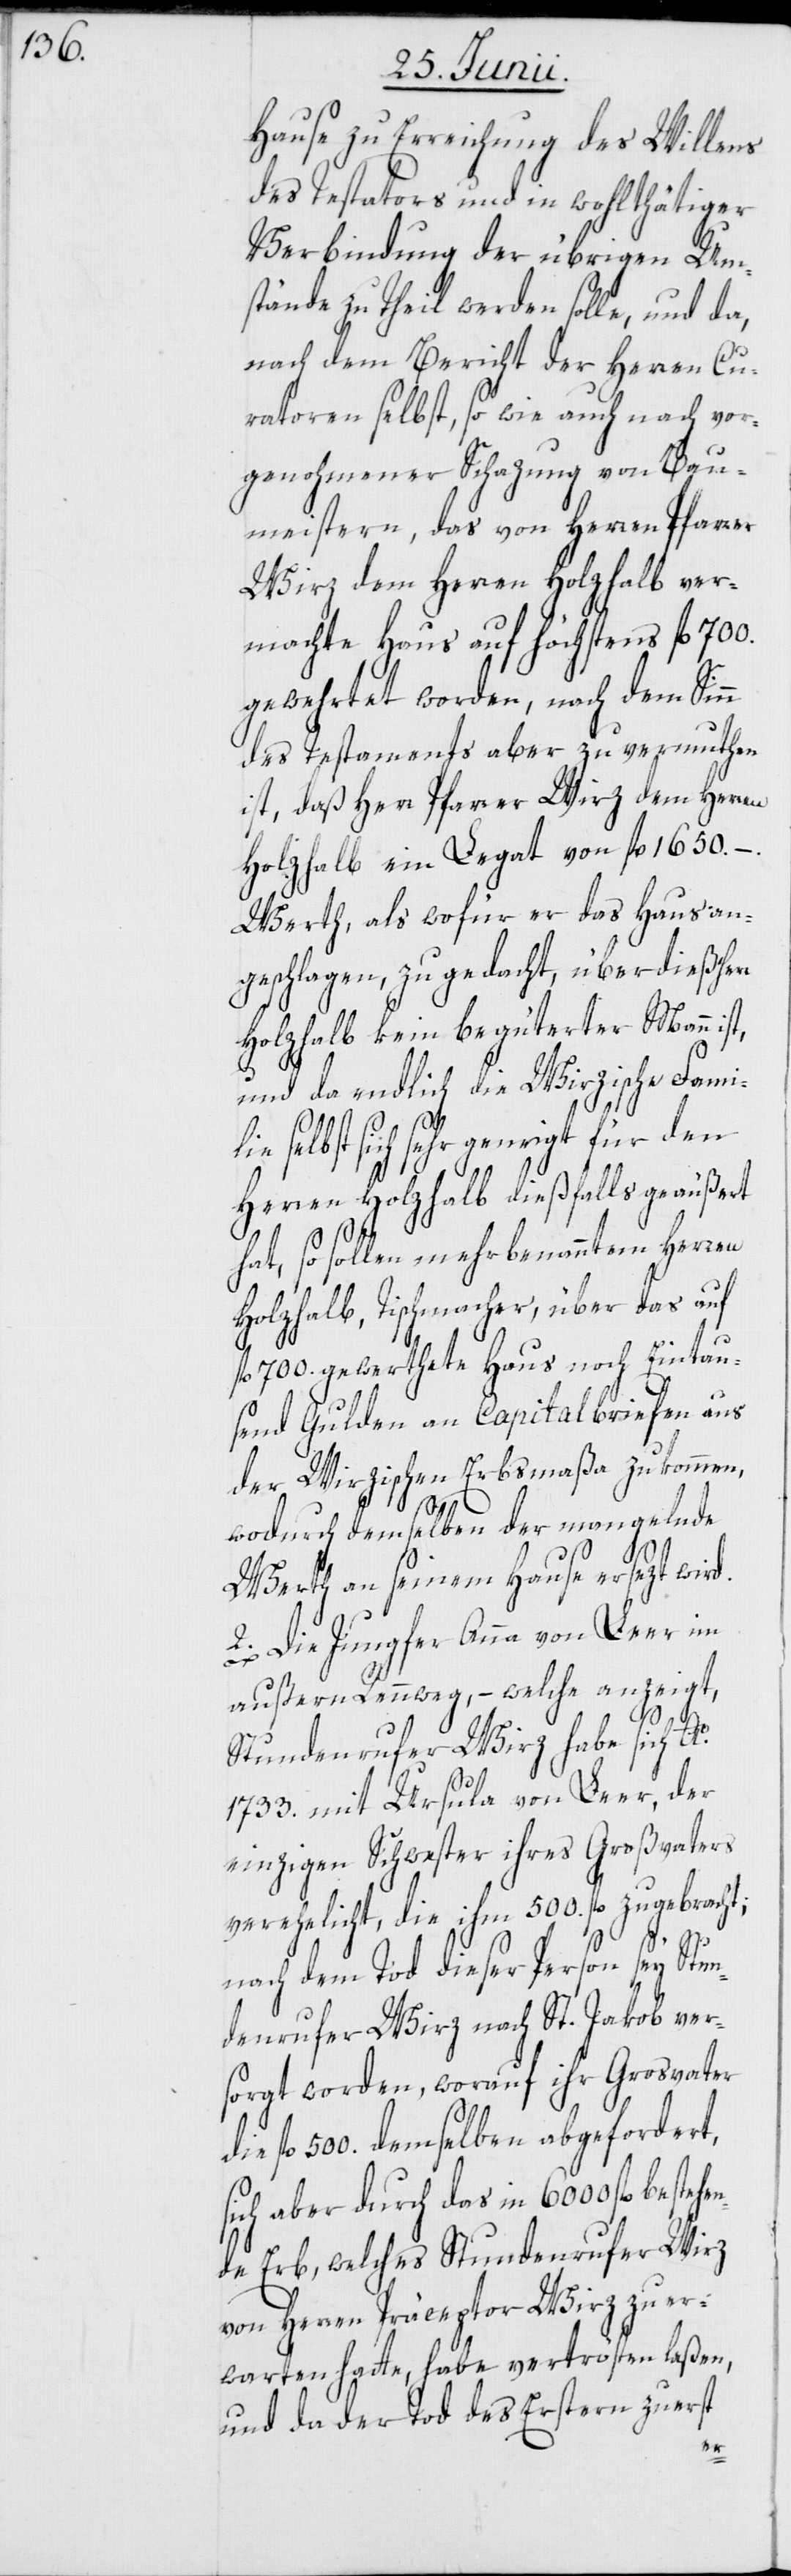
Hause zu Erreichung des Willens
des Testators und in wohlthätiger
Verbindung der übrigen Um¬
stände zu Theil werden solle, und da,
nach dem Bericht der Herren Cu¬
ratoren selbst, so wie auch nach vor¬
genohmener Schazung von Bau¬
meistern, das von Herren Pfarrer
Wirz dem Herren Holzhalb ver¬
machte Haus auf höchstens fl. 700.
gewehrtet worden, nach dem Sinn
des Testaments aber zu vermuthen
ist, daß Herr Pfarrer Wirz dem Herren
Holzhalb ein Legat von fl. 1650.–
Werth, als wofür er das Haus an¬
geschlagen, zugedacht, überdieß Her¬
Holzhalb kein begüterter Mann ist,
und da endlich die Wirzische Fami¬
sich sehr geneigt für den
Herren Holzhalb dießfalls geäußert
hat, so sollen mehrbenanntem Herren
Holzhalb, Tischmacher, über das auf
fl. 700. gewerthete Haus noch Eintau¬
send Gulden an Capitalbriefen aus
der Wirzischen Erbsmaßa zukommen,
wodurch demselben der mangelnde
Werth an seinem Hause ersezt wird.
2. Die Jungfer Anna von Leer im
außern Rennweg, – welche anzeigt,
Stundenrufer Wirz habe sich A¬
1733. mit Ursula von Leer, der
einzigen Schwester ihres Großvaters
verehelicht, die ihm 500. fl. zugebrach¬
nach dem Tod dieser Person sey Stun¬
denrufer Wirz nach St. Jakob ver¬
sorgt worden, worauf ihr Grosvater
fl. 500. demselben abgefordert,
sich aber durch das in 6000 fl. beste¬
de Erb, welches Stundenrufer Wirz
von Herren Präceptor Wirz zu er¬
warten hatte, habe vertrösten laßen,
und da der Tod des Erstern zuerst
hen¬